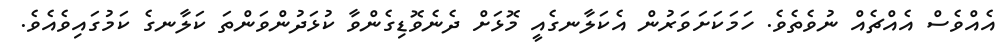
އެއްވެސް އެއްޗެއް ނުވެތެވެ. ހަމަކަށަވަރުން އެކަލާނގެއީ މޮޅަށް ދެނެވޮޑިގެންވާ ކުޅަދުންވަންތަ ކަލާނގެ ކަމުގައިވެއެވެ.